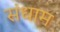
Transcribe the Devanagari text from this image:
संधाम